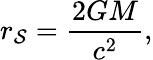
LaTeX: r_{\mathcal{S}}={\frac{{2GM}}{{c^{2}}}},